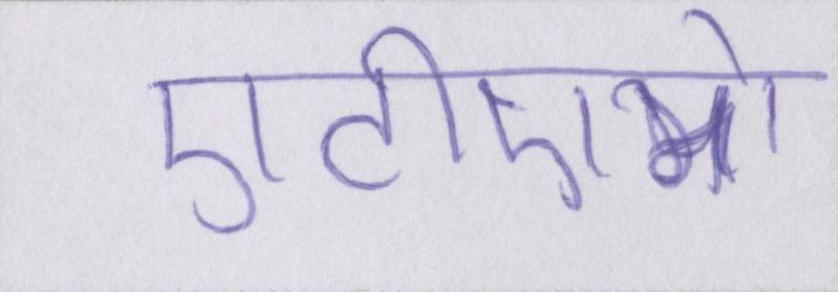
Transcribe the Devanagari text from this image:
एटीएमों